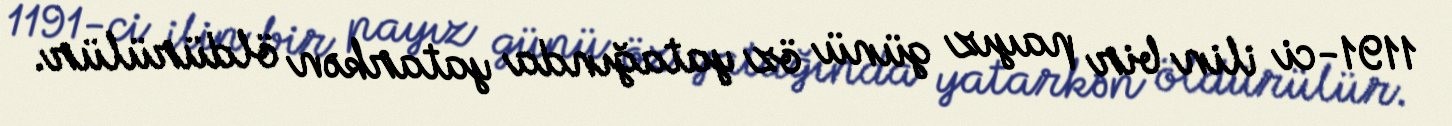
1191-ci ilin bir payız günü öz yatağında yatarkən öldürülür.